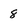
Character: 8